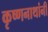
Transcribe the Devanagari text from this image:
कृष्णनाथांनी